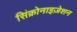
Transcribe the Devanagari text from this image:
सिंक्रोनाइज़ेशन